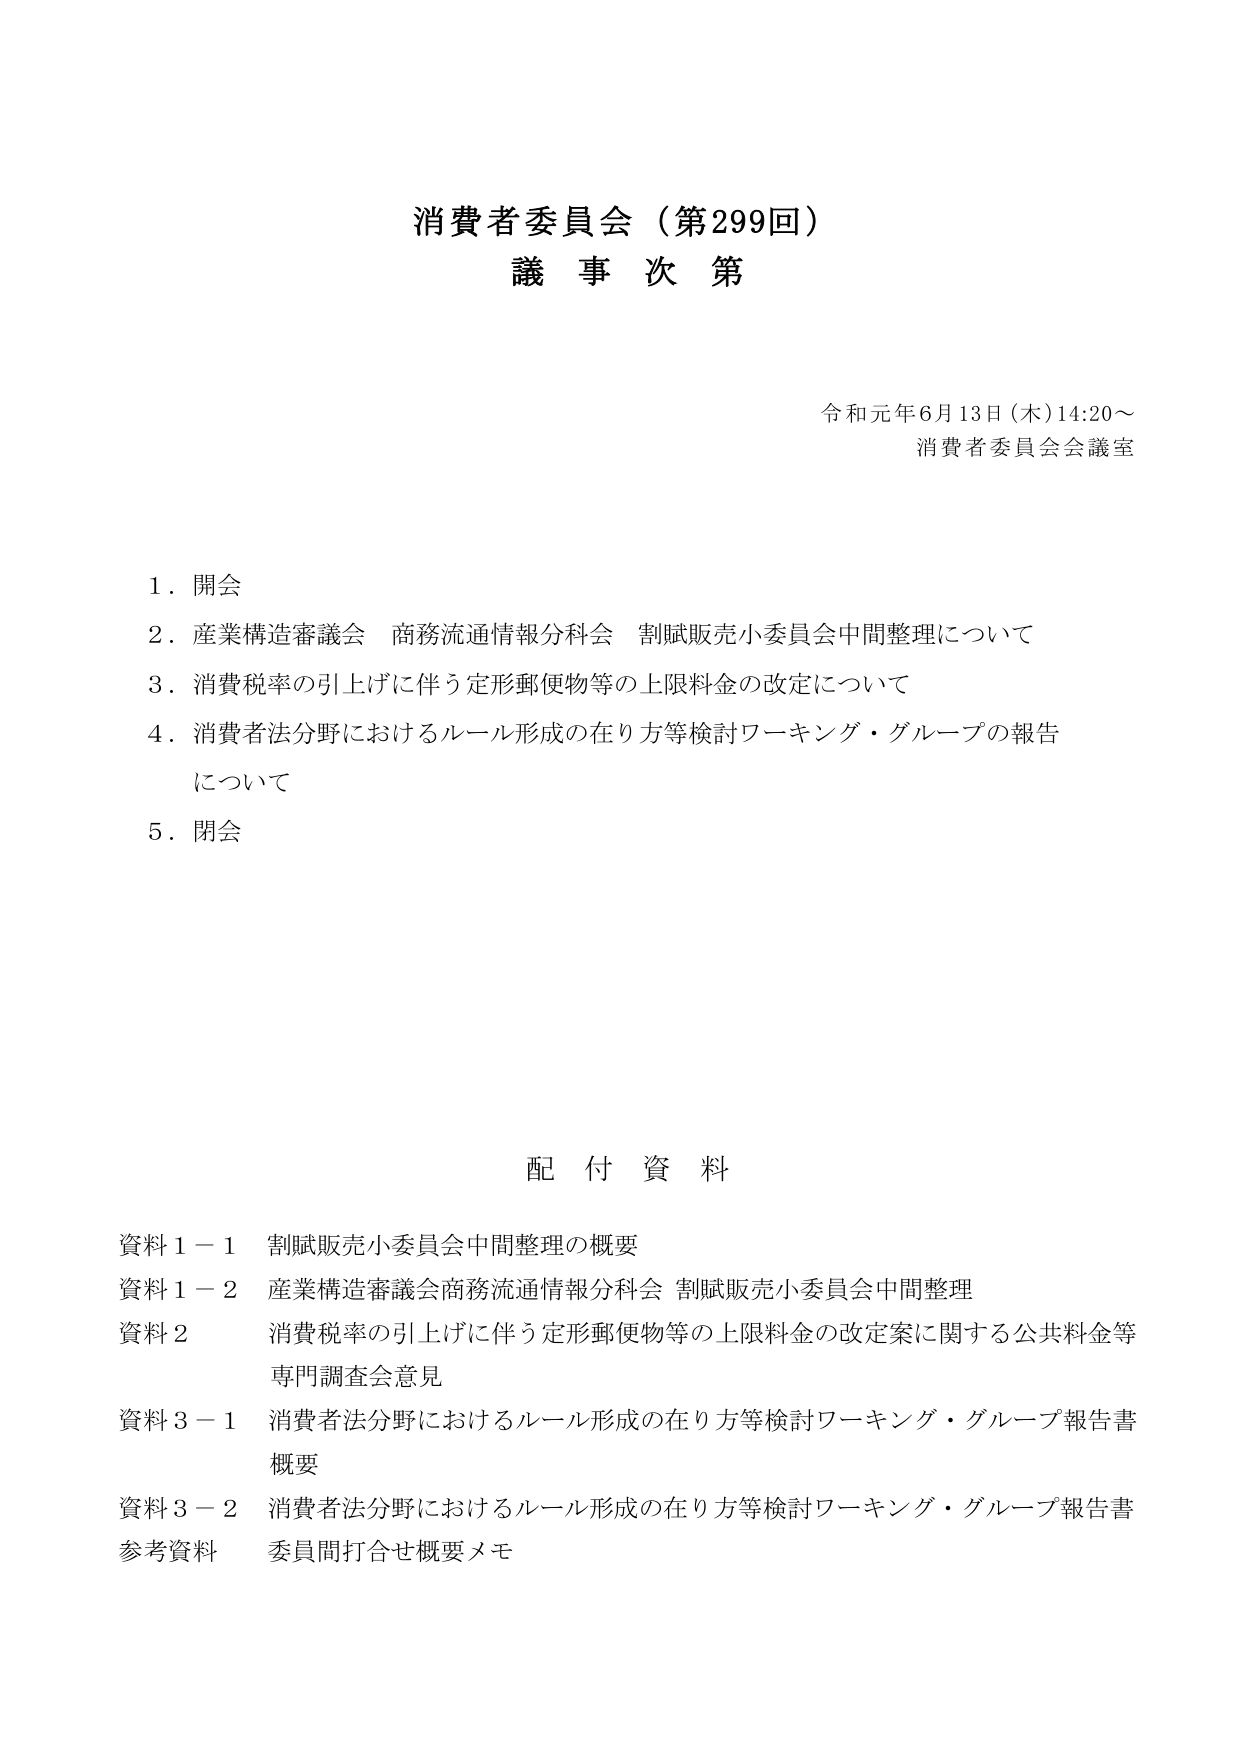
消費者委員会（第299回）
議事次第

令和元年6月13日（木）14:20～
消費者委員会会議室

1．開会
2．産業構造審議会 商務流通情報分科会 割賦販売小委員会中間整理について
3．消費税率の引上げに伴う定形郵便物等の上限料金の改定について
4．消費者法分野におけるルール形成の在り方等検討ワーキング・グループの報告について
5．閉会

配付資料

資料1－1 割賦販売小委員会中間整理の概要
資料1－2 産業構造審議会商務流通情報分科会 割賦販売小委員会中間整理
資料2 消費税率の引上げに伴う定形郵便物等の上限料金の改定案に関する公共料金等専門調査会意見
資料3－1 消費者法分野におけるルール形成の在り方等検討ワーキング・グループ報告書概要
資料3－2 消費者法分野におけるルール形成の在り方等検討ワーキング・グループ報告書
参考資料 委員間打合せ概要メモ